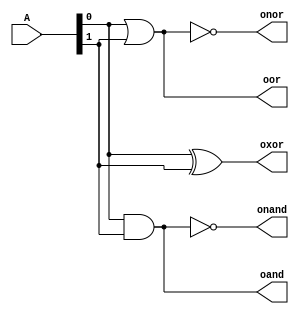
`timescale 1ns / 1ps
//////////////////////////////////////////////////////////////////////////////////
// Company: 
// Engineer: 
// 
// Design Name: 
// Module Name: tb_ripple_adder
// Project Name: 
// Target Devices: 
// Tool Versions: 
// Description: 
// 
// Dependencies: 
// 
// Revision:
// Revision 0.01 - File Created
// Additional Comments:
// 
//////////////////////////////////////////////////////////////////////////////////

module week02_1(A, oand, oor, oxor,onor, onand);
input[1:0] A;
output oand, oor, oxor,onor, onand;

assign oand = A[0] & A[1];
assign oor = A[0] | A[1];
assign oxor = A[0] ^ A[1];
assign onor = ~(A[0] | A[1]);
assign onand = ~(A[0] & A[1]);

endmodule